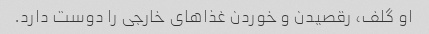
او گلف، رقصیدن و خوردن غذاهای خارجی را دوست دارد.